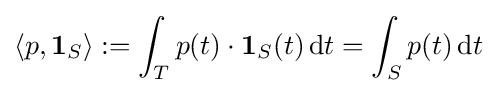
\langle p,\mathbf {1} _{S}\rangle :=\int _{T}p(t)\cdot \mathbf {1} _{S}(t)\,{\mathrm {d} }t=\int _{S}p(t)\,{\mathrm {d} }t